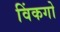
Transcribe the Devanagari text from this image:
विंकगो